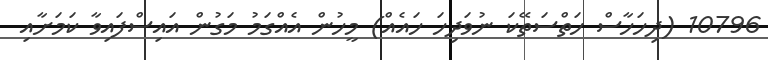
10796 (ދިހަހާސް ހަތްސަތޭކަ ނުވަދިހަ ހައެއް) މީހުން އެއްގަމު މަގުން އައިސްފައިވާ ކަމަށާއި